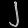
Digit: ၂